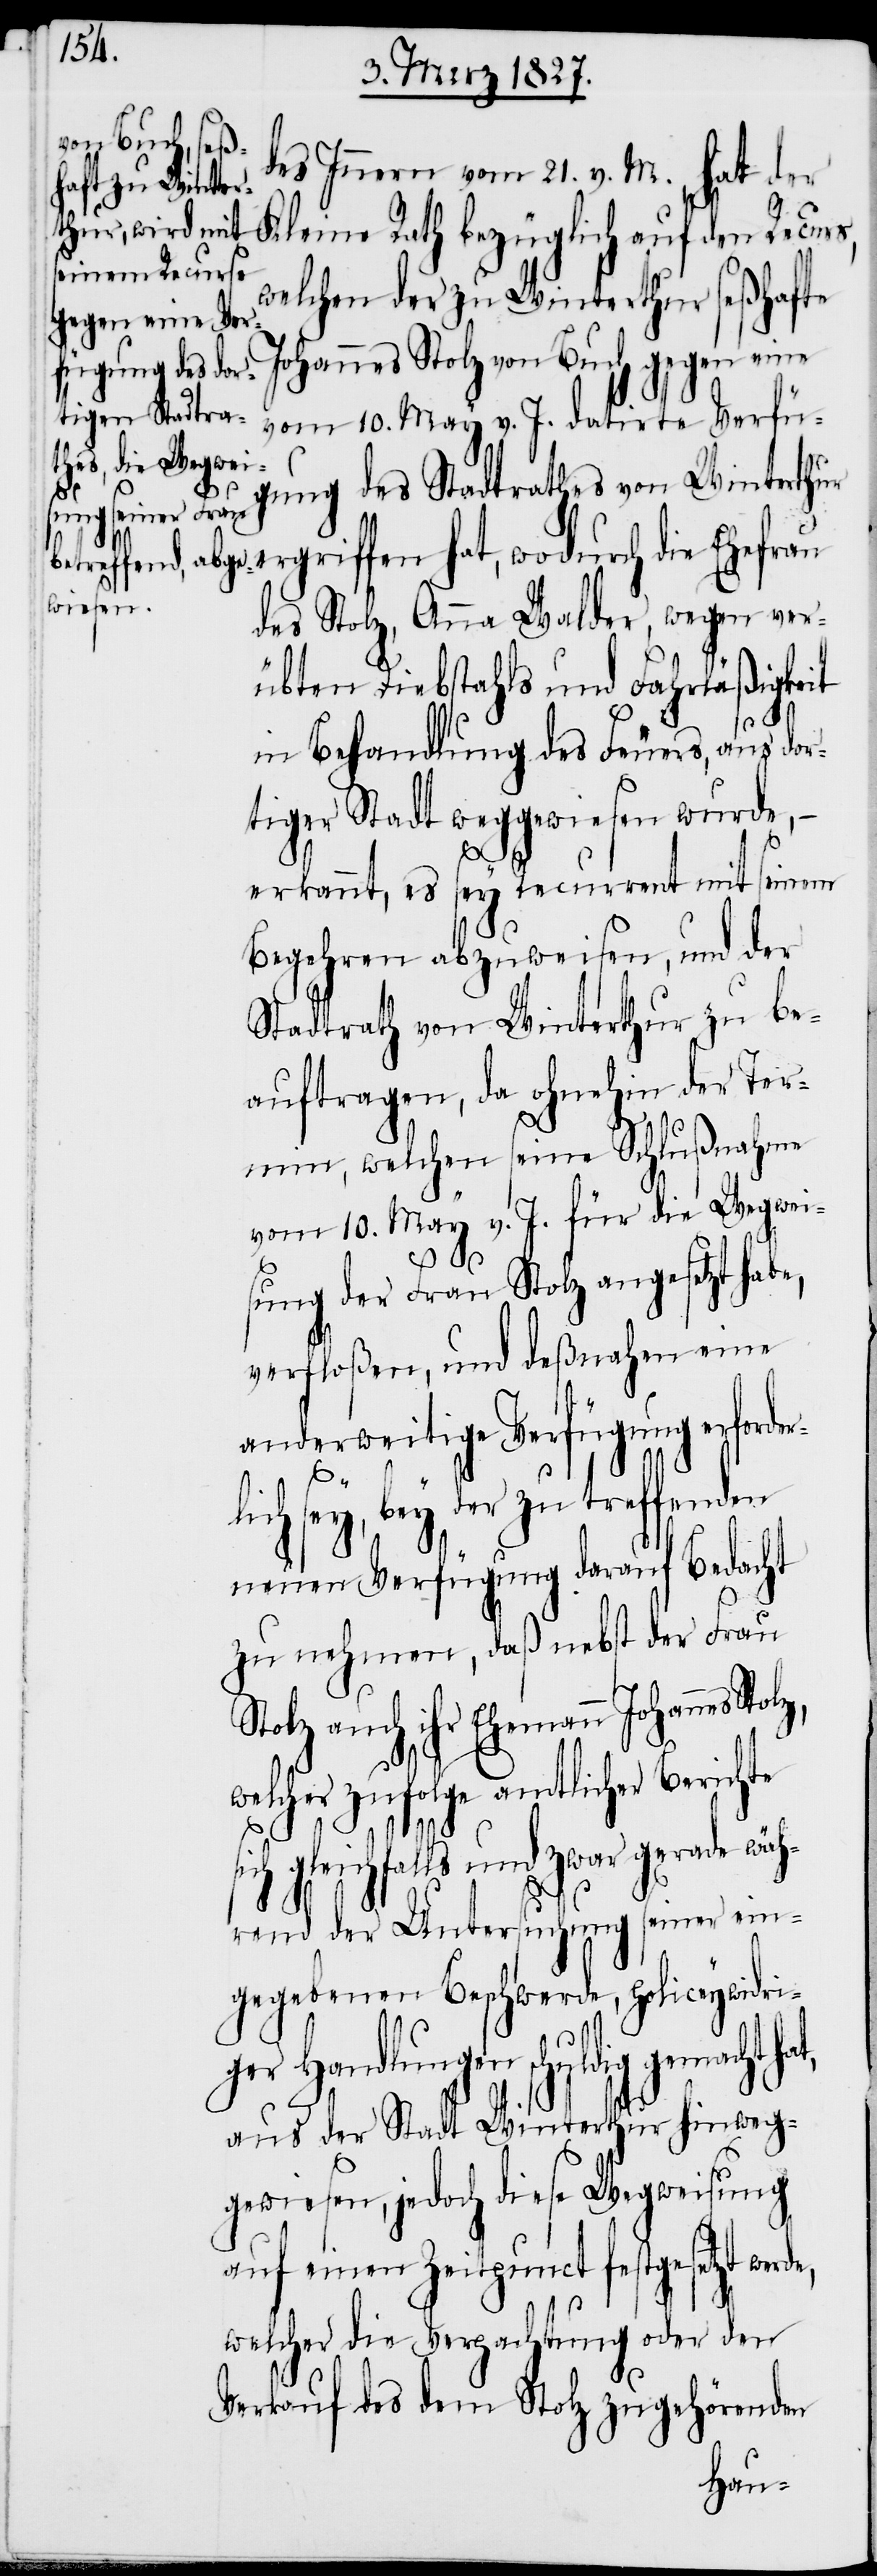
des Innern vom 21. v. M., hat der
welchen der zu Winterthur seßhafte
Johannes Stolz von Buch gegen eine
vom 10. May v. J. datirte Verfü¬
gung des Stadtrathes von Winterthur
ergriffen hat, wodurch die Ehefrau
des Stolz, Anna Walder, wegen ver¬
übten Diebstahls und Fahrläßigkeit
in Behandlung des Feuers, aus dor¬
tiger Stadt weggewiesen wurde,
de,
erkannt, es sey Recurrent mit seinem
Begehren abzuweisen, und der
Stadtrath von Winterthur zu be¬
auftragen, da ohnehin der Ter¬
min, welchen seine Schlußnahme
vom 10. May v. J. für die Wegwei¬
sung der Frau Stolz angesetzt habe,
verfloßen, und deßnahen eine
anderweitige Verfügung erforde¬
rl¬
ich sey, bey der zu treffenden
neuen Verfügung darauf Bedacht
zu nehmen, daß nebst der Frau
auch ihr Ehemann Johannes
welcher zufolge amtlicher Berichte
sich gleichfalls und zwar gerade wäh¬
rend der Untersuchung seiner ein¬
gegebenen Beschwerde, policeywidri¬
ger Handlungen schuldig
aus der Stadt Winterthur hinweg¬
gewiesen, jedoch diese Wegweisung
auf einen Zeitpunct festgesetzt wer¬
welcher die Verpachtung oder den
Verkauf des dem Stolz zugehörenden